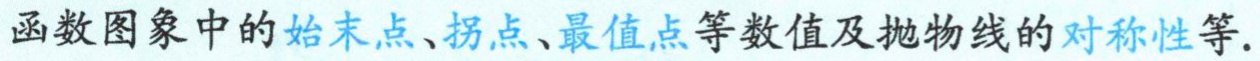
函数图象中的始末点、拐点、最值点等数值及抛物线的对称性等.